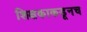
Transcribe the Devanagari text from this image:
शिक्षकाकडूनच